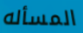
المسأله